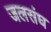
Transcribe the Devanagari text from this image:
जलसंघ